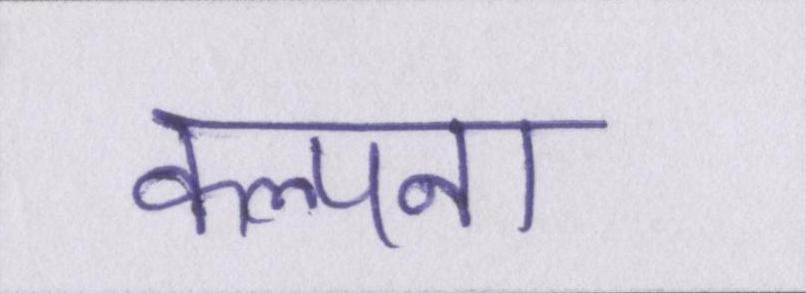
कल्पना